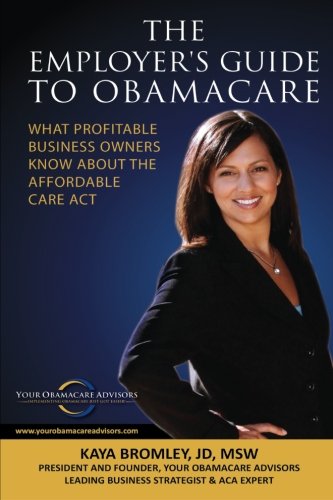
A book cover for The Employer's Guide to Obamacare: What Profitable Business Owners Know About the Affordable Care Act; Kaya Bromley; Business & Money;